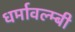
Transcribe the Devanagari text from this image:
धर्मावल्म्बी